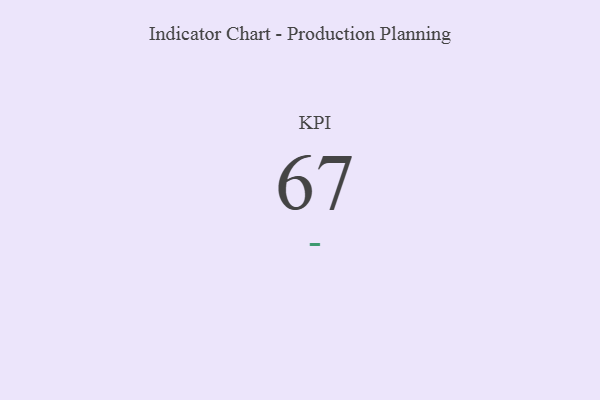
{"axis": {"x": "KPI", "y": "Value"}, "legend": [""], "data": [{"x": "KPI", "y": 67, "type": ""}]}